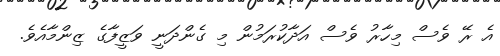
އެ ރޭ ވެސް މިހާރު ވެސް އަދާކުރަމުން މި ގެންދަނީ ވަޒީފާގެ ޒިންމާއެވެ.